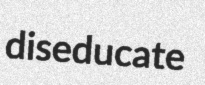
diseducate